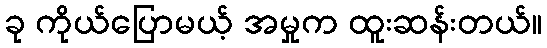
ခု ကိုယ်ပြောမယ့် အမှုက ထူးဆန်းတယ်။